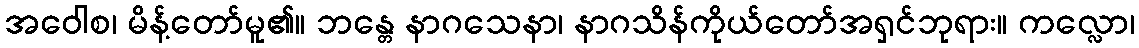
အဝေါစ၊ မိန့်တော်မူ၏။ ဘန္တေ နာဂသေနာ၊ နာဂသိန်ကိုယ်တော်အရှင်ဘုရား။ ကလ္လော၊